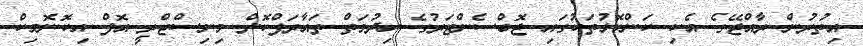
އިތުރުން ރާއްޖޭގެ އެކި ކަންކޮޅުތަކުގައި ޖޮބްސެންޓަރުގެ ހިދުމަތް ތައާރަފްކޮށް މިނިސްޓްރީ އޮފް އިކޮނޮމިކް